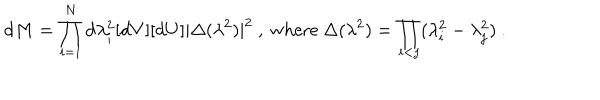
LaTeX: \mathrm { d } M = \prod _ { i = 1 } ^ { N } \mathrm { d } \lambda _ { i } ^ { 2 } [ \mathrm { d } V ] [ \mathrm { d } U ] | \Delta ( \lambda ^ { 2 } ) | ^ { 2 } \ , \ \mathrm { w h e r e } \ \Delta ( \lambda ^ { 2 } ) = \prod _ { i < j } ( \lambda _ { i } ^ { 2 } - \lambda _ { j } ^ { 2 } ) \ .